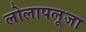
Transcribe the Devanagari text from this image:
लोलापलूजा